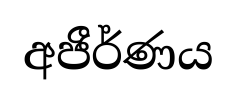
අජීර්ණය